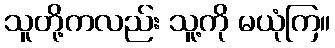
သူတို့ကလည်း သူ့ကို မယုံကြ။